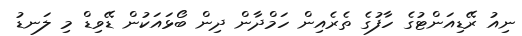
ނިއު ރޭޑިއަންޓުގެ ހާފުގެ ތެރެއިން ހަމްދާން ދިން ބޯޅައަކުން ޑޭވިޑް މި ލަނޑު